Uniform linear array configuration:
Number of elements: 24
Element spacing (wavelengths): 0.25
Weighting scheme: blackman
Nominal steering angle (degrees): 60
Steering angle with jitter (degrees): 59.952
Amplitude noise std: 0.05
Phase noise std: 0.05

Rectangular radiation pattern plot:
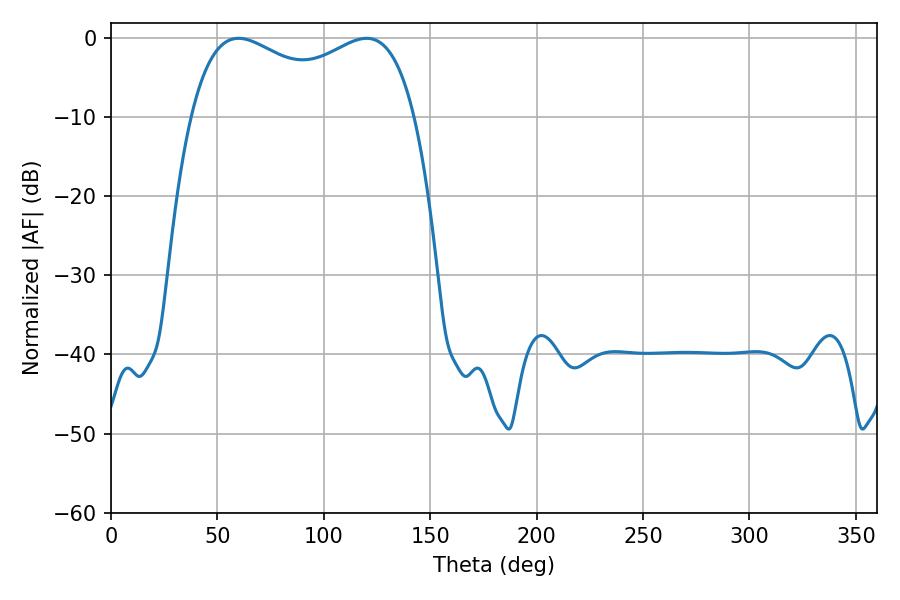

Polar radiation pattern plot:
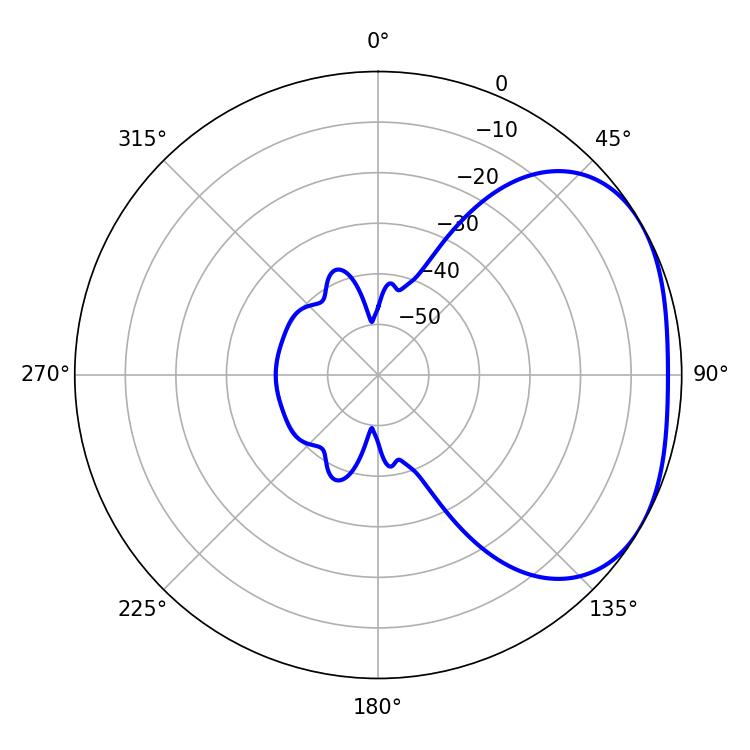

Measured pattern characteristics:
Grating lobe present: FALSE
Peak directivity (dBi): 2.554
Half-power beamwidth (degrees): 87.12
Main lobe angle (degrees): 59.94